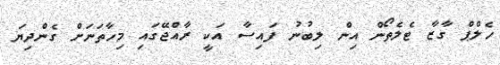
ހެލްޕް ގާޒާ ޓެލެތޯން އިން ލިބުނު ފައިސާ އަކީ ރާއްޖޭގައި މިހާތަނަށް ގެންދިޔަ